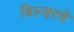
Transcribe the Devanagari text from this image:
बिल्डरचे